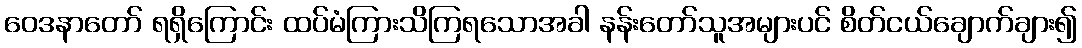
ဝေဒနာတော် ရရှိကြောင်း ထပ်မံကြားသိကြရသောအခါ နန်းတော်သူအများပင် စိတ်ငယ်ချောက်ချား၍